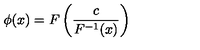
\phi ( x ) = F \left( \frac { c } { F ^ { - 1 } ( x ) } \right)